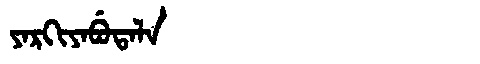
Manchu: ᠶᠠᡵᡴᡳᠶᠠᠪᡠᡨᠠᠯᠠ
Romanization: YARKIYABUTALA